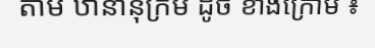
តាម ឋានានុក្រម ដូច ខាងក្រោម ៖